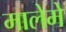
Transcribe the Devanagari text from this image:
मालेमे